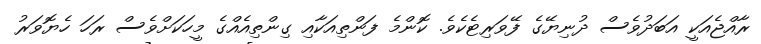
ރާއްޖެއަކީ އަބަދުވެސް ދުނިޔޭގެ ފޭވަރިޓެކެވެ. ކޮންމެ ފަންތިއަކާއި ގިންތިއެއްގެ މީހަކަށްވެސް ރަހަ ހެޔޮވަރު